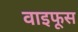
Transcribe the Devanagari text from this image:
वाइफूस